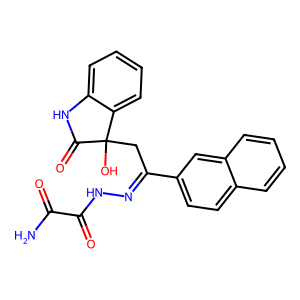
SMILES: NC(=O)C(=O)NN=C(CC1(O)C(=O)Nc2ccccc21)c1ccc2ccccc2c1
Inhibits HIV replication: No